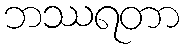
ဘဿရတာ